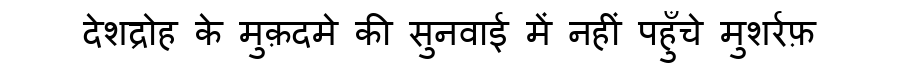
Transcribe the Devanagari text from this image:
देशद्रोह के मुक़दमे की सुनवाई में नहीं पहुँचे मुशर्रफ़